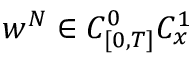
w ^ { N } \in C _ { [ 0 , T ] } ^ { 0 } C _ { x } ^ { 1 }